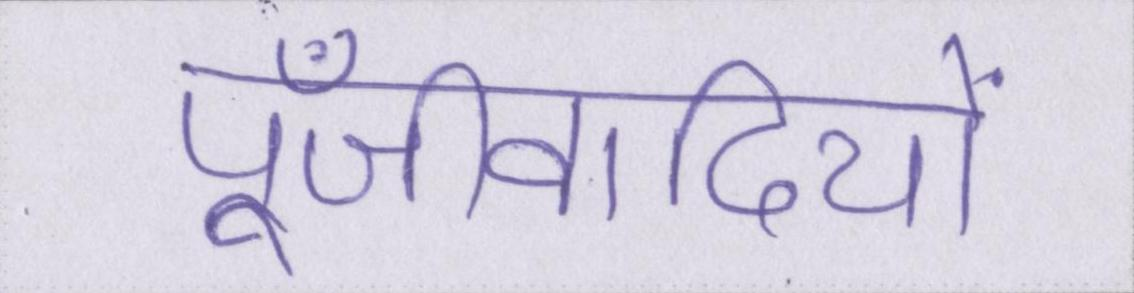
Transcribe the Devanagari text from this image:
पूँजीवादियों